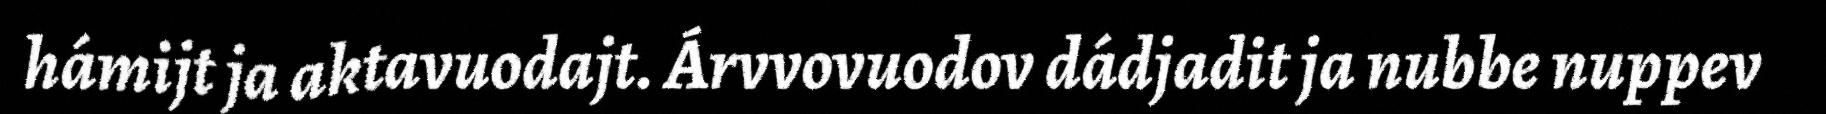
hámijt ja aktavuodajt. Árvvovuodov dádjadit ja nubbe nuppev